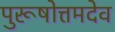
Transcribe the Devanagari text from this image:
पुरूषोत्तमदेव